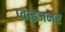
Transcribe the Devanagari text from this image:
प्वाइजनर